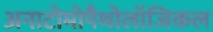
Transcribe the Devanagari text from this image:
अनाटोमोपैथोलॉजिकल